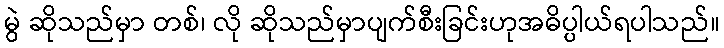
မွဲ ဆိုသည်မှာ တစ်၊ လို ဆိုသည်မှာပျက်စီးခြင်းဟုအဓိပ္ပါယ်ရပါသည်။